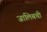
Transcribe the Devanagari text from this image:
जालिबची